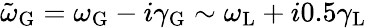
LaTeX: \tilde{\omega}_{\mathrm{G}}=\omega_{\mathrm{G}}-i\gamma_{\mathrm{G}}\sim\omega_{\mathrm{L}}+i0.5\gamma_{\mathrm{L}}